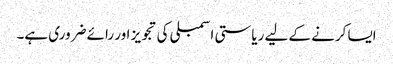
ایسا کرنے کے لیے ریاستی اسمبلی کی تجویز اور رائے ضروری ہے۔